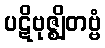
ပဋိဗုဇ္ဈိတဗ္ဗံ